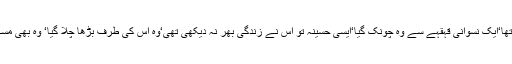
کسان نوجوان اپنے کھیت میں کام کر رہاتھا‘ایک نسوانی قہقہے سے وہ چونک گیا‘ایسی حسینہ تو اس نے زندگی بھر نہ دیکھی تھی‘وہ اس کی طرف بڑھا چلا گیا‘ وہ بھی مسکرا رہی تھی‘ میرے ساتھ گھر چلو گی ؟